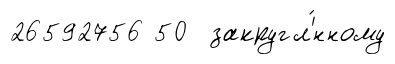
26592756 50 закругл'́нному